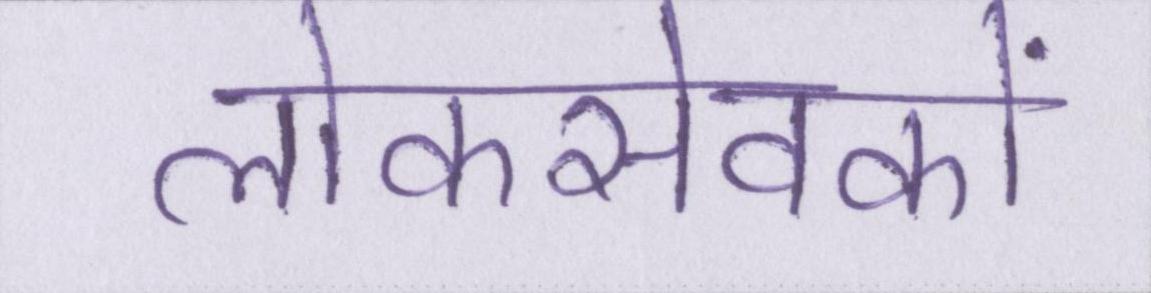
लोकसेवकों